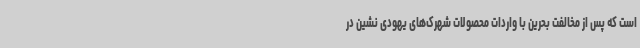
است که پس از مخالفت بحرین با واردات محصولات شهرک‌های یهودی نشین در